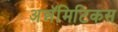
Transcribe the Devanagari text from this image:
अन्नॅमिटिकस